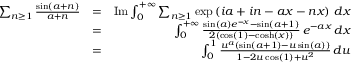
\begin{array} { r l r } { \sum _ { n \geq 1 } \frac { \sin ( a + n ) } { a + n } } & { = } & { \mathrm { I m } \int _ { 0 } ^ { + \infty } \sum _ { n \geq 1 } \exp \left( i a + i n - a x - n x \right) \, d x } \\ & { = } & { \int _ { 0 } ^ { + \infty } \frac { \sin ( a ) e ^ { - x } - \sin ( a + 1 ) } { 2 \left( \cos ( 1 ) - \cosh ( x ) \right) } \, e ^ { - a x } \, d x } \\ & { = } & { \int _ { 0 } ^ { 1 } \frac { u ^ { a } \left( \sin ( a + 1 ) - u \sin ( a ) \right) } { 1 - 2 u \cos ( 1 ) + u ^ { 2 } } \, d u } \end{array}